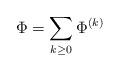
LaTeX: \begin{align*} \Phi=\sum_{k \geq 0}\Phi^{(k)}\end{align*}